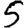
Digit: 5